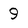
Character: 9